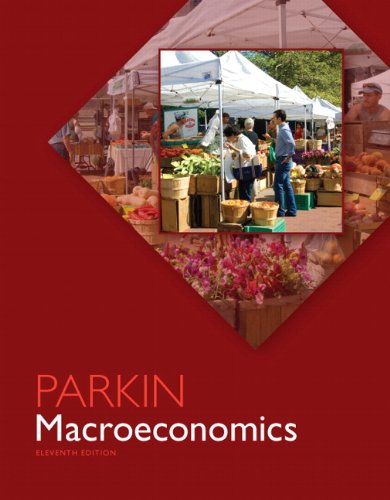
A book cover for Macroeconomics (11th Edition); Michael Parkin; Business & Money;